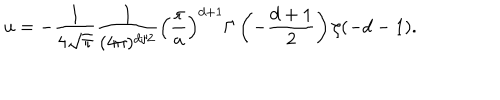
LaTeX: u = - { \frac { 1 } { 4 \sqrt \pi } } { \frac { 1 } { ( 4 \pi ) ^ { d / 2 } } } \left( { \frac { \pi } { a } } \right) ^ { d + 1 } \Gamma \left( - { \frac { d + 1 } { 2 } } \right) \zeta ( - d - 1 ) .